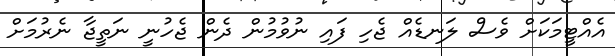
އެއްޓީމަކަށް ވެސް ލަނޑެއް ޖެހި ފައި ނުވުމުން ދެން ޖެހުނީ ނަތީޖާ ނެރުމަށް